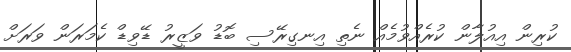
ކުރިން އިއުލާން ކުރެއްވުމެއް ނެތި އިނގިރޭސި ބޮޑު ވަޒީރު ޑޭވިޑް ކެމަރަން ވަރަށް